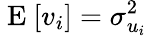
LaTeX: \mathrm{~E~}[v_{i}]=\sigma_{u_{i}}^{2}